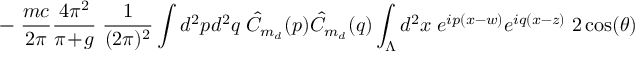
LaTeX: - \; \frac { m c } { 2 \pi } \frac { 4 \pi ^ { 2 } } { \pi \! + \! g } \; \frac { 1 } { ( 2 \pi ) ^ { 2 } } \int d ^ { 2 } p d ^ { 2 } q \; \hat { C } _ { m _ { d } } ( p ) \hat { C } _ { m _ { d } } ( q ) \int _ { \Lambda } d ^ { 2 } x \; e ^ { i p ( x - w ) } e ^ { i q ( x - z ) } \; 2 \cos ( \theta )